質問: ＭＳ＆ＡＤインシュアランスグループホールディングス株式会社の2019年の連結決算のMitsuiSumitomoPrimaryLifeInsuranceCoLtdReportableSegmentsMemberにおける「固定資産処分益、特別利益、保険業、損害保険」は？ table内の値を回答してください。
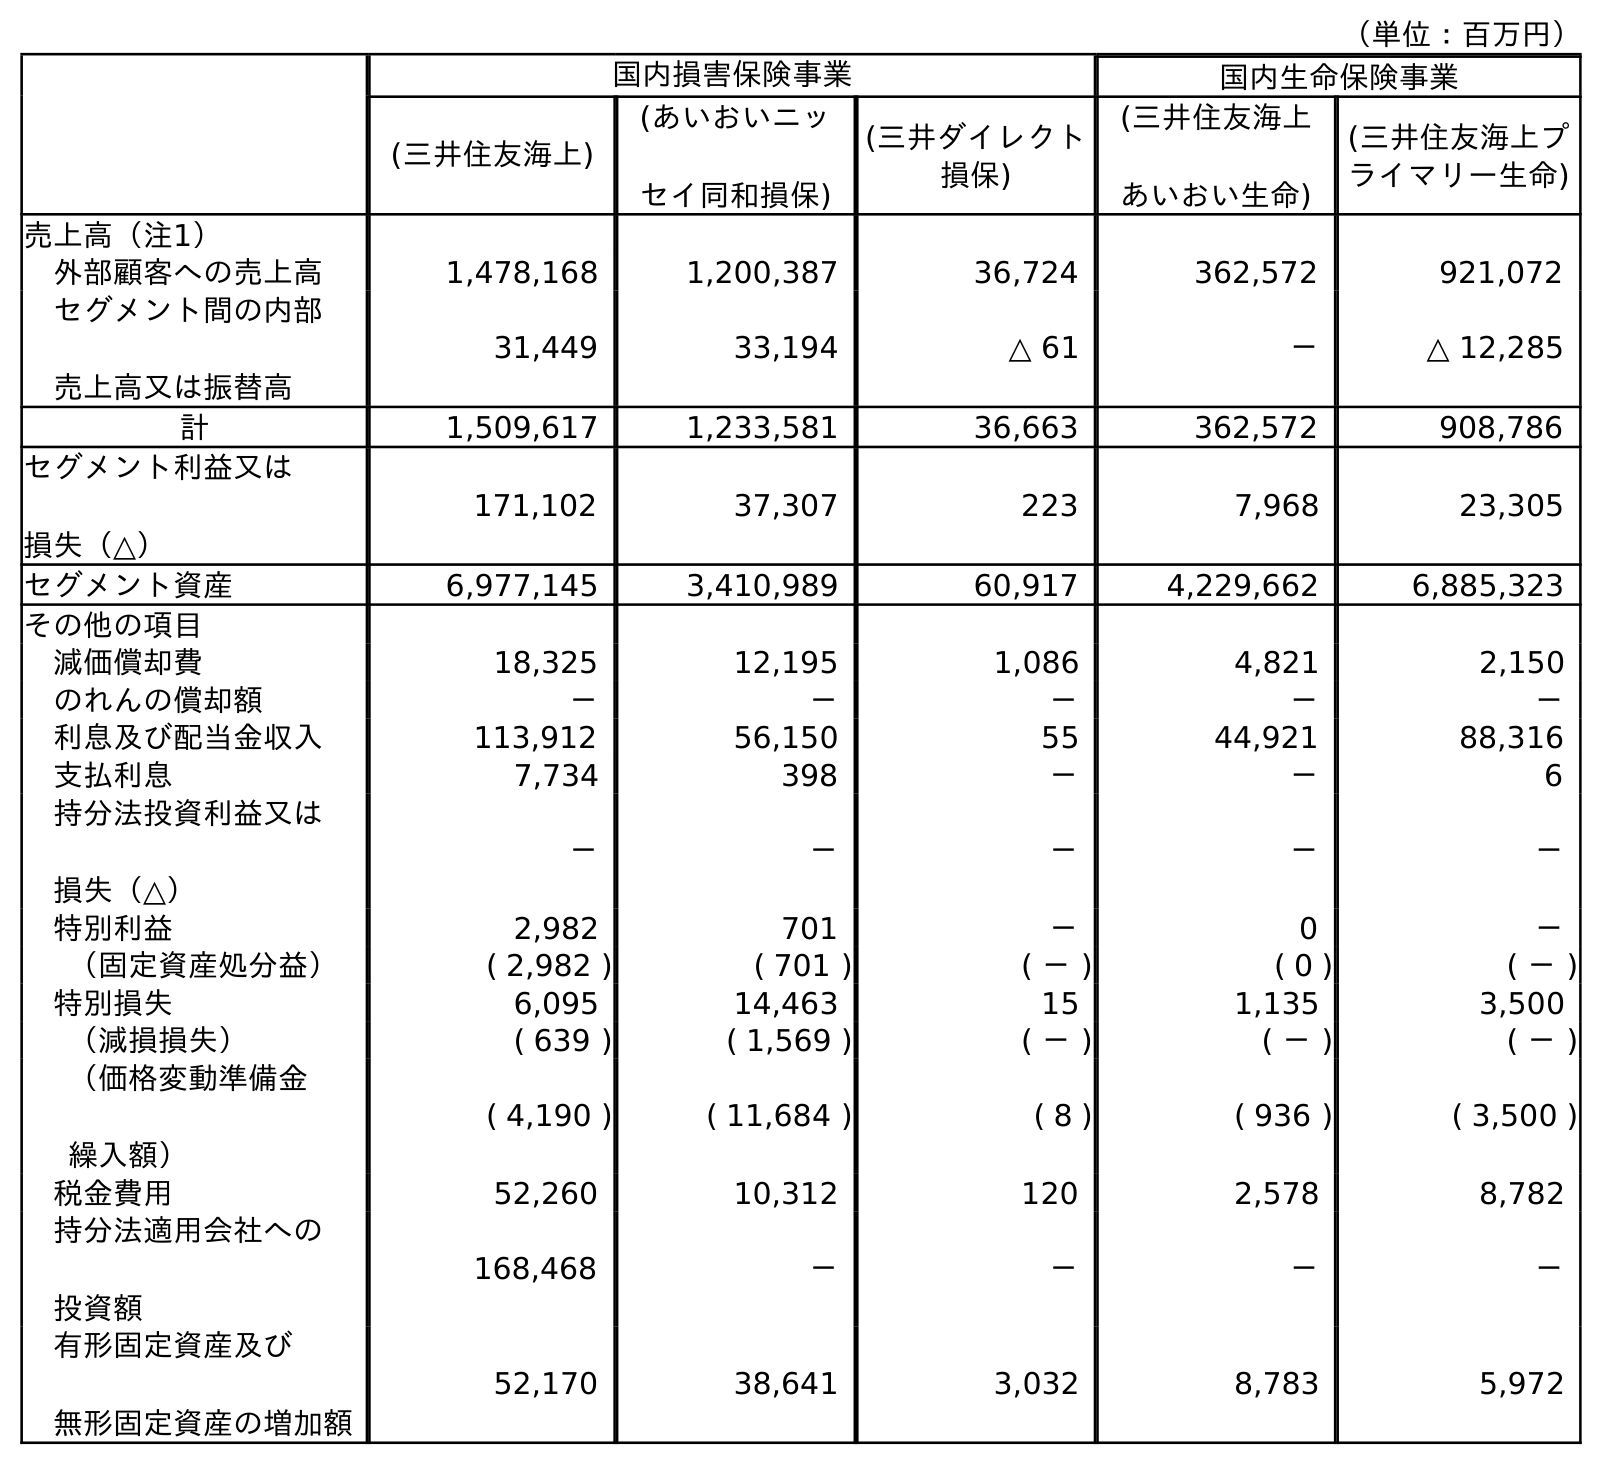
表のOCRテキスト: （単位：百万円） 国内損害保険事業 国内生命保険事業 (三井住友海上) (あいおいニッ セイ同和損保) (三井ダイレクト 損保) (三井住友海上 あいおい生命) (三井住友海上プ ライマリー生命) 売上高（注1） 外部顧客への売上高 1,478,168 1,200,387 36,724 362,572 921,072 セグメント間の内部 売上高又は振替高 31,449 33,194 △ 61 － △ 12,285 計 1,509,617 1,233,581 36,663 362,572 908,786 セグメント利益又は 損失（△） 171,102 37,307 223 7,968 23,305 セグメント資産 6,977,145 3,410,989 60,917 4,229,662 6,885,323 その他の項目 減価償却費 18,325 12,195 1,086 4,821 2,150 のれんの償却額 － － － － － 利息及び配当金収入 113,912 56,150 55 44,921 88,316 支払利息 7,734 398 － － 6 持分法投資利益又は 損失（△） － － － － － 特別利益 2,982 701 － 0 － （固定資産処分益） ( 2,982 ) ( 701 ) ( － ) ( 0 ) ( － ) 特別損失 6,095 14,463 15 1,135 3,500 （減損損失） ( 639 ) ( 1,569 ) ( － ) ( － ) ( － ) （価格変動準備金 繰入額） ( 4,190 ) ( 11,684 ) ( 8 ) ( 936 ) ( 3,500 ) 税金費用 52,260 10,312 120 2,578 8,782 持分法適用会社への 投資額 168,468 － － － － 有形固定資産及び 無形固定資産の増加額 52,170 38,641 3,032 8,783 5,972
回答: (－)